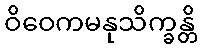
ဝိဝေကမနုသိက္ခန္တိ